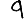
Digit: 9